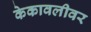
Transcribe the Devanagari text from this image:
केकावलीवर